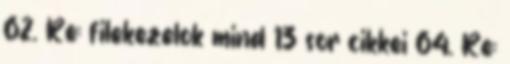
62. Re: filekezelok mind 13 sor cikkei 64. Re: